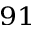
^ { 9 1 }